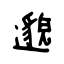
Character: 邈